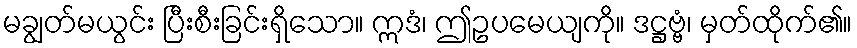
မချွတ်မယွင်း ပြီးစီးခြင်းရှိသော။ ဣဒံ၊ ဤဥပမေယျကို။ ဒဋ္ဌဗ္ဗံ၊ မှတ်ထိုက်၏။